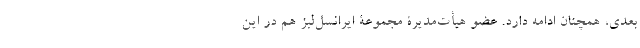
بعدی، همچنان ادامه دارد. عضو هیأت‌مدیرۀ مجموعۀ ایرانسل‌لبز هم در این